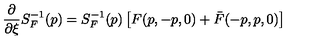
\frac { \partial } { \partial \xi } S _ { F } ^ { - 1 } ( p ) = S _ { F } ^ { - 1 } ( p ) \left[ F ( p , - p , 0 ) + \bar { F } ( - p , p , 0 ) \right]